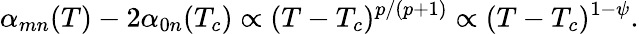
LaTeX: \alpha_{mn}(T)-2\alpha_{0n}(T_{c})\propto(T-T_{c})^{p/(p+1)}\propto(T-T_{c})^{1-\psi}.